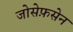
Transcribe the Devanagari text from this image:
जोसेफ़सेन